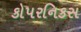
કોપરનિકસ